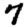
Digit: 7